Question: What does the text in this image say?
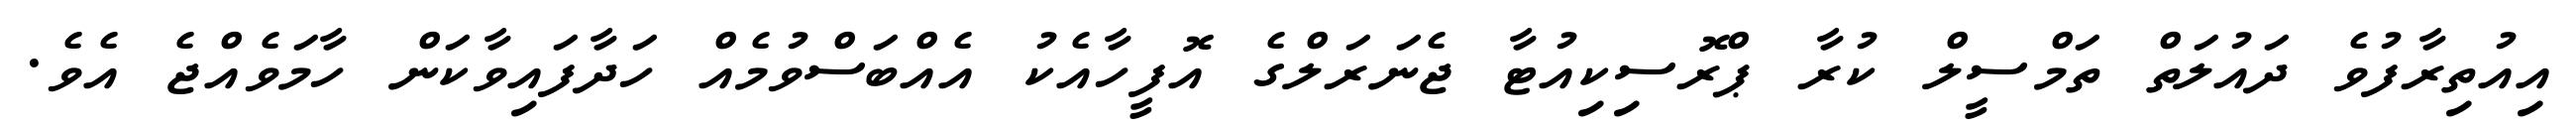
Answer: އިއުތިރާފުވެ ދައުލަތް ތަމްސީލް ކުރާ ޕްރޮސިކިއުޓާ ޖެނަރަލްގެ އޮފީހާއެކު އެއްބަސްވުމެއް ހަދާފައިވާކަން ހާމަވެއްޖެ އެވެ.